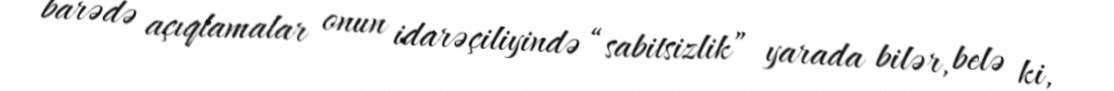
barədə açıqlamalar onun idarəçiliyində “sabitsizlik” yarada bilər, belə ki,